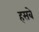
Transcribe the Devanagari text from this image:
हसबे